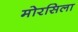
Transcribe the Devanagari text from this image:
मोरसिला